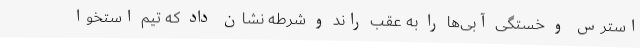
استرس و خستگی آبی‌ها را به عقب راند و شرطه نشان داد که تیم استخوا